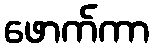
ဖောက်ကာ